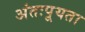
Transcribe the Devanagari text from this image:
अंतःपूयता